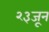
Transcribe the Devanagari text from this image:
२३जून